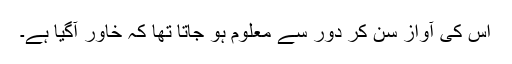
اُس کی آواز سن کر دور سے معلوم ہو جاتا تھا کہ خاور آگیا ہے۔